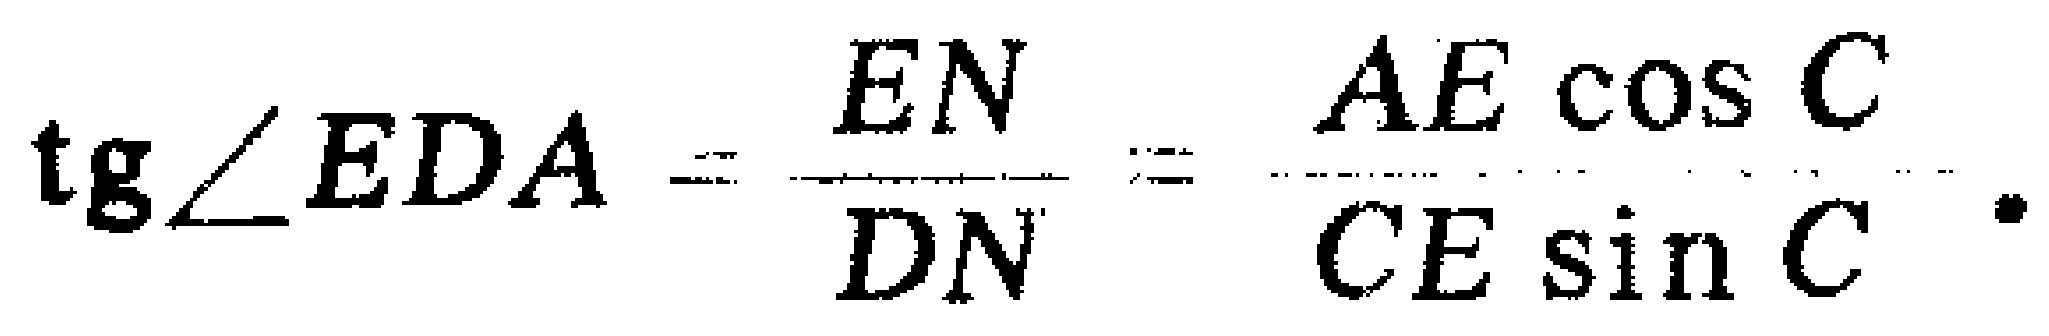
\(\operatorname{tg}\angle EDA=\frac{EN}{DN}=\frac{AE\cos C}{CE\sin C}.\)